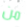
من